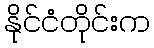
နိုင်ငံတိုင်းက